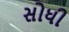
સોધી